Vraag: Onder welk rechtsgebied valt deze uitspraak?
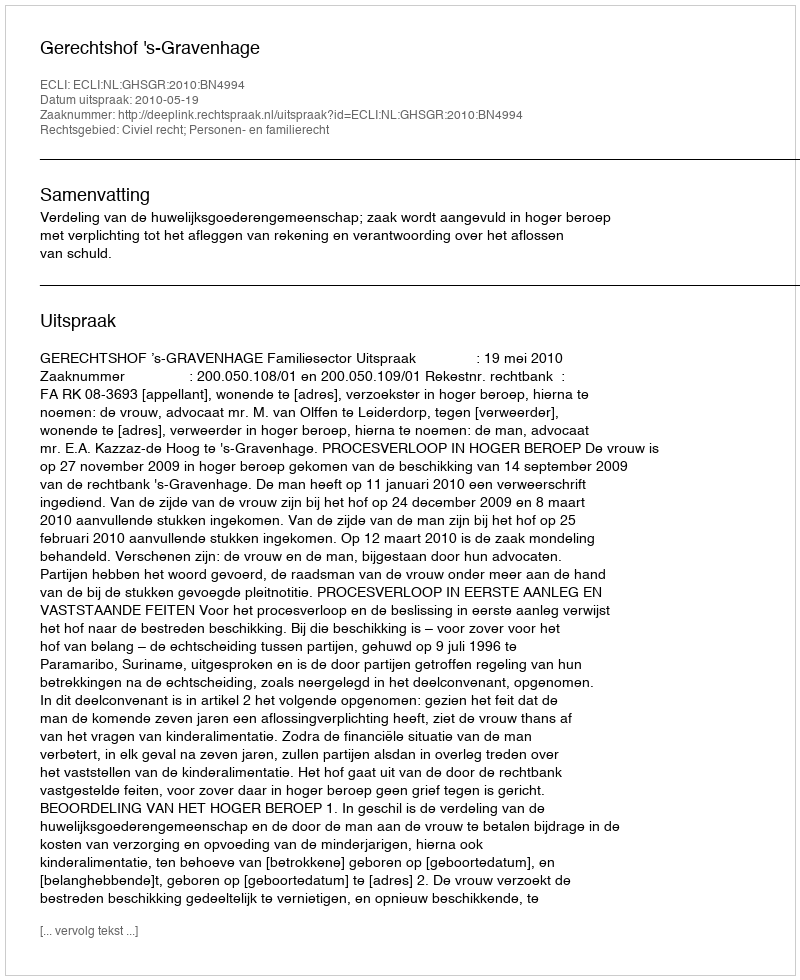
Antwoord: Civiel recht; Personen- en familierecht